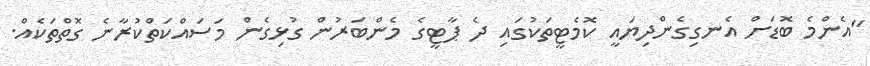
"އެންމެ ބޮޑަށް އެނގިގެންދިޔައީ ކޮމެޓީތަކުގައި ދެ ޕާޓީގެ މެންބަރުން ގުޅިގެން މަސައްކަތްކުރާނެ ގޮތްތަކެއް.